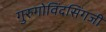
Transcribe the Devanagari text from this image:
गुरुगोविंदसिंगजी